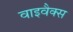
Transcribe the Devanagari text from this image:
वाइवैक्स